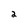
Character: 2